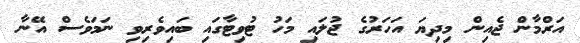
އަރްމާން ޖެއިން މިދިޔަ އަހަރުގެ ޖުލައި މަހު ޓުވިޓާގައި ބައިވެރިވި ނަމަވެސް އޭނާ